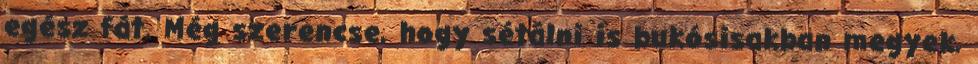
egész fát. Még szerencse, hogy sétálni is bukósisakban megyek,